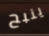
ينبح